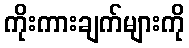
ကိုးကားချက်များကို